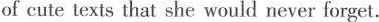
of cute texts that she would never forget.